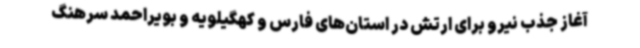
آغاز جذب نیرو برای ارتش در استان‌های فارس و کهگیلویه و بویراحمد سرهنگ